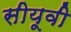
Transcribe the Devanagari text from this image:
सीयूवी